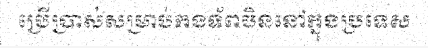
ប្រើប្រាស់សម្រាប់កងទ័ពចិននៅក្នុងប្រទេស